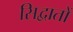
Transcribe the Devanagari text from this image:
सिद्वातों